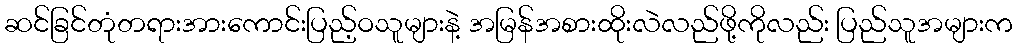
ဆင်ခြင်တုံတရားအားကောင်းပြည့်ဝသူများနဲ့ အမြန်အစားထိုးလဲလည်ဖို့ကိုလည်း ပြည်သူအများက